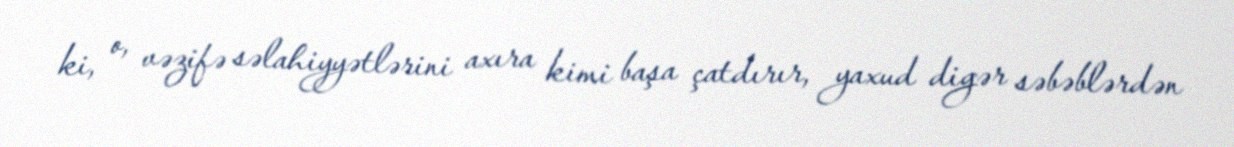
ki, o, vəzifə səlahiyyətlərini axıra kimi başa çatdırır, yaxud digər səbəblərdən